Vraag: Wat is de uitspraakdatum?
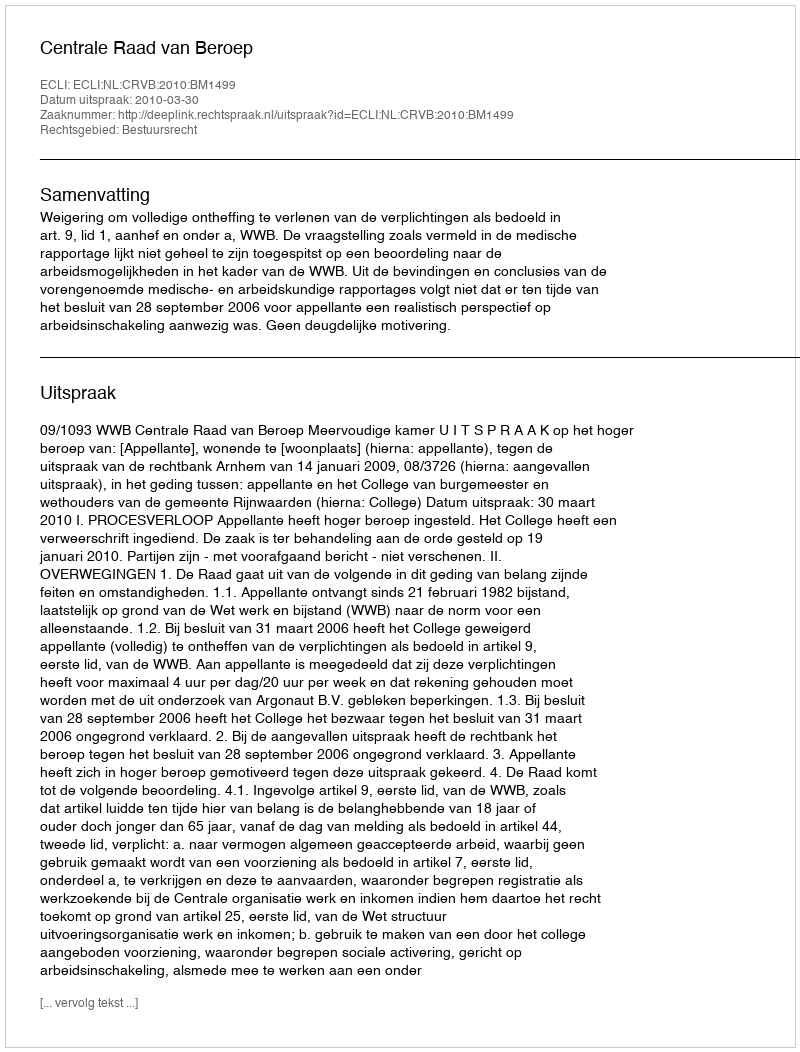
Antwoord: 2010-03-30